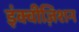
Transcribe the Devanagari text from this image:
इंक्वीज़िशन